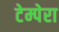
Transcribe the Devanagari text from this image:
टेम्पेरा